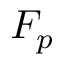
F _ { p }